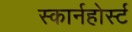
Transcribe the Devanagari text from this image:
स्कार्नहोर्स्ट